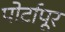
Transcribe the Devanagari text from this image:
पोर्टापूर